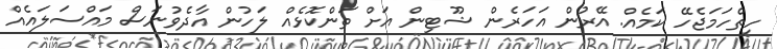
ހިތްހަމަޖެހޭ ކަމެއް. އޭރުން އަހަރެން ޝޫޓިން އަށް ތަންކޮޅެއް ލަހުން އާދެވުނަސް މައްސަލައެއް